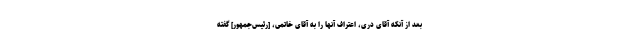
بعد از آنكه آقاى درى، اعتراف آنها را به آقاى خاتمى، [رئیس‌جمهور] گفته